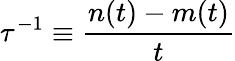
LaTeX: \tau^{-1}\equiv\frac{n(t)-m(t)}{t}